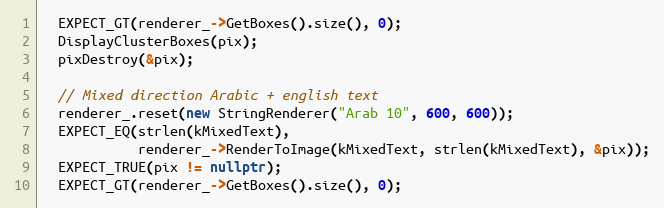
Language: C++
  EXPECT_GT(renderer_->GetBoxes().size(), 0);
  DisplayClusterBoxes(pix);
  pixDestroy(&pix);

  // Mixed direction Arabic + english text
  renderer_.reset(new StringRenderer("Arab 10", 600, 600));
  EXPECT_EQ(strlen(kMixedText),
            renderer_->RenderToImage(kMixedText, strlen(kMixedText), &pix));
  EXPECT_TRUE(pix != nullptr);
  EXPECT_GT(renderer_->GetBoxes().size(), 0);